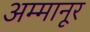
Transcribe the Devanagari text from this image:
अम्मानूर